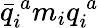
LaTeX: \bar{q}_{i}^{\, a}m_{i}q_{i}^{\, a}